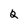
Character: 2